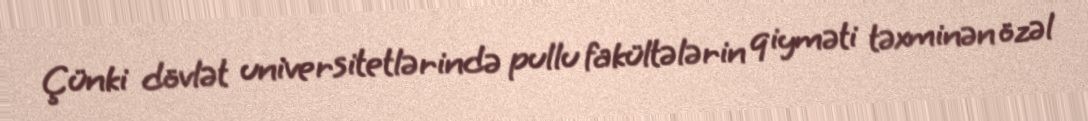
Çünki dövlət universitetlərində pullu fakültələrin qiyməti təxminən özəl